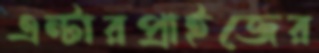
এন্টারপ্রাইজের